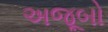
અજૂબો